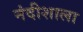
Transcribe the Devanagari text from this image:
नंदीशाला